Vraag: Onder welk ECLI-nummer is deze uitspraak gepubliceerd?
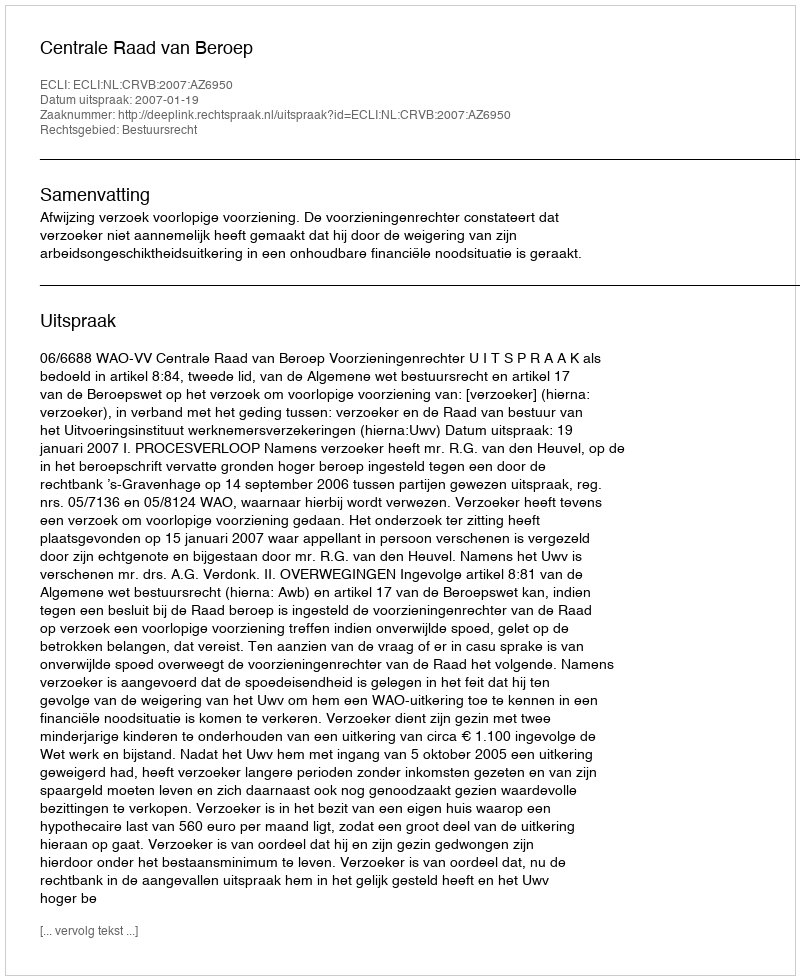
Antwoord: ECLI:NL:CRVB:2007:AZ6950